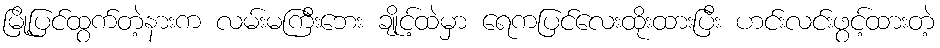
မြို့ပြင်ထွက်တဲ့နားက လမ်းမကြီးဘေး ချိုင့်ထဲမှာ ရေကပြင်လေးထိုးထားပြီး ဟင်းလင်းဖွင့်ထားတဲ့